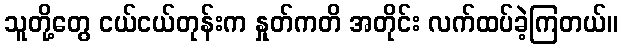
သူတို့တွေ ငယ်ငယ်တုန်းက နှုတ်ကတိ အတိုင်း လက်ထပ်ခဲ့ကြတယ်။